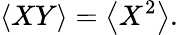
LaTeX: \left<XY\right>=\left<X^{2}\right>.